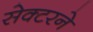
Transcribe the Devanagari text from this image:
सेक्टरने